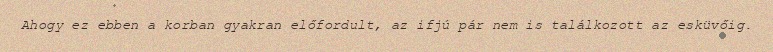
Ahogy ez ebben a korban gyakran előfordult, az ifjú pár nem is találkozott az esküvőig.